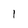
Character: 1